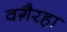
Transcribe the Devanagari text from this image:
वगै़रहा